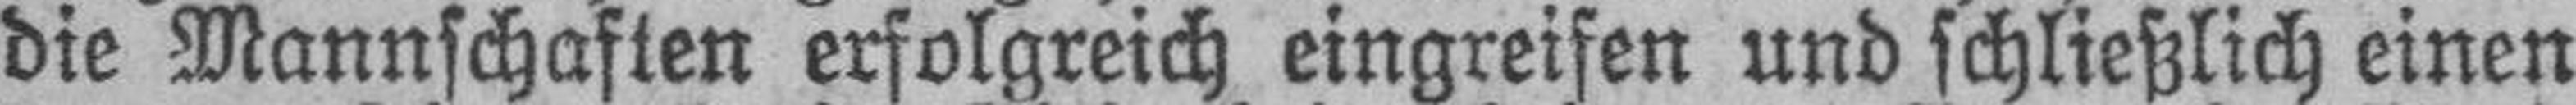
die Mannschaften erfolgreich eingreifen und schließlich einen